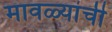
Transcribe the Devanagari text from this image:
मावळ्यांची